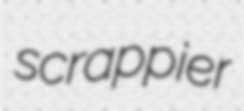
scrappier